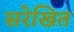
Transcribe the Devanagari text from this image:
सरेखित